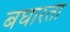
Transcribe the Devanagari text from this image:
बघारता